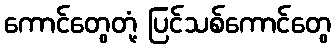
ကောင်တွေတုံ့ ပြင်သစ်ကောင်တွေ